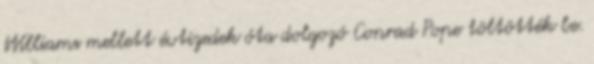
Williams mellett évtizedek óta dolgozó Conrad Pope töltötték be.